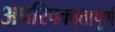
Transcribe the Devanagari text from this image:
अपरिपक्वतापूर्ण